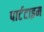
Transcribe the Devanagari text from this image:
पार्टटाइम